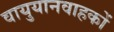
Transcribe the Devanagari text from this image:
वायुयानवाहकों